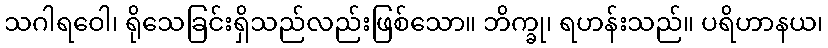
သဂါရဝေါ၊ ရိုသေခြင်းရှိသည်လည်းဖြစ်သော။ ဘိက္ခု၊ ရဟန်းသည်။ ပရိဟာနယ၊